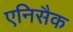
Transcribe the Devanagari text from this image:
एनिसैक